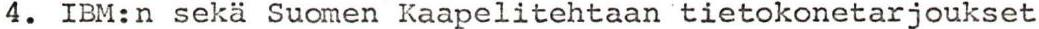
4. IBM:n sekä Suomen Kaapelitehtaan tietokonetarjoukset